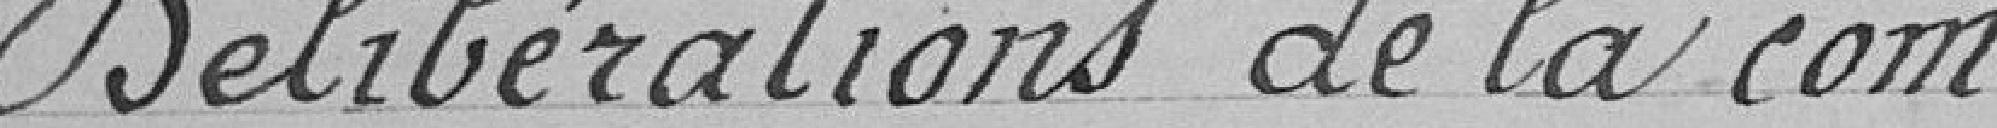
Délibérations de la com-